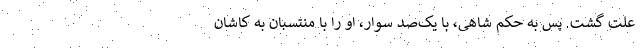
علت گشت. پس به حکم شاهی، با یک‌صد سوار، او را با منتسبان به کاشان